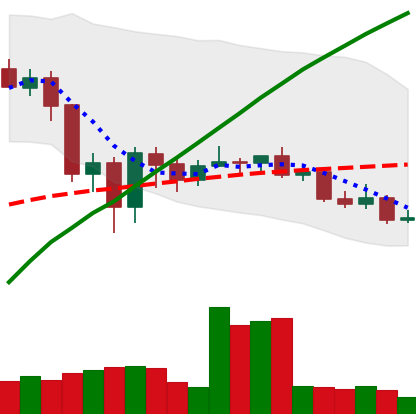
Ticker: LINK-USD
Chart end date: 2020-09-19
Forward return: -3.25%
Label: down_3_5